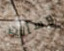
وسألت